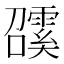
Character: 𩅖